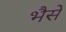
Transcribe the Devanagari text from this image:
भैसे